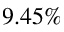
9 . 4 5 \%